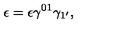
\epsilon = \epsilon \gamma ^ { 0 1 } \gamma _ { 1 ^ { \prime } } ,